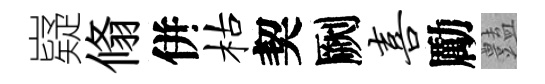
嶷翛併枯契劂喜勵𧰟